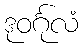
ဒုဝင်္ဂုလံ